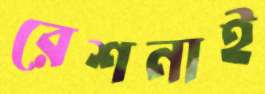
রেশনাই